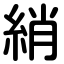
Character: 綃